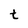
Character: t